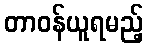
တာဝန်ယူရမည့်